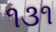
૧૩૧